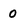
Character: 0